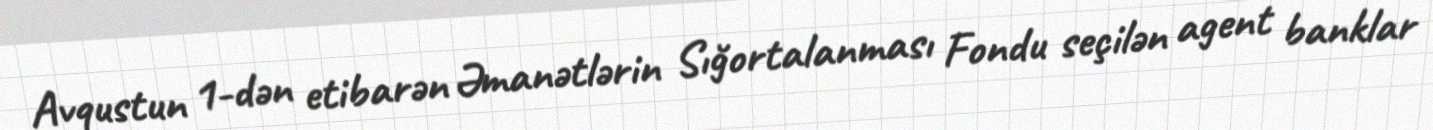
Avqustun 1-dən etibarən Əmanətlərin Sığortalanması Fondu seçilən agent banklar